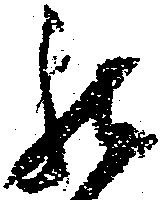
罷